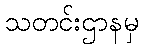
သတင်းဌာနမှ